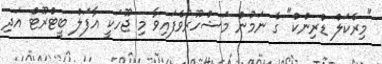
"މިރެކަލް ޑްރިންކް" ގެ ނަމުން މަޝްހޫރުވެފައިވާ މި ޖޫހަކީ އާފަލް ބީޓްރޫޓް އަދި